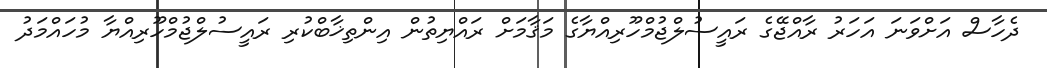
ދެހާސް އަށްވަނަ އަހަރު ރާއްޖޭގެ ރައީސުލްޖުމްހޫރިއްޔާގެ މަޤާމަށް ރައްޔިތުން އިންތިޚާބްކުރި ރައީސުލްޖުމްހޫރިއްޔާ މުހައްމަދު